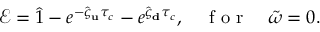
\mathcal { E } = \hat { 1 } - e ^ { - \hat { \varsigma } _ { \bf u } \tau _ { c } } - e ^ { \hat { \varsigma } _ { \bf d } \tau _ { c } } , \quad \mathrm { ~ f ~ o ~ r ~ } \quad \tilde { \omega } = 0 .